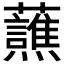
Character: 𬟤